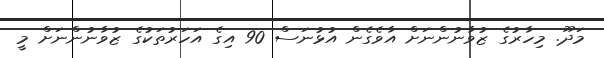
މަދޫ. މިހާރުގެ ޒުވާނުންނަށް އާވެގެން އުޅުނަސް 90 އިގެ އަހަރުތަކުގެ ޒުވާނުންނަށް މީ